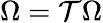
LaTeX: \Omega=\mathcal T\Omega